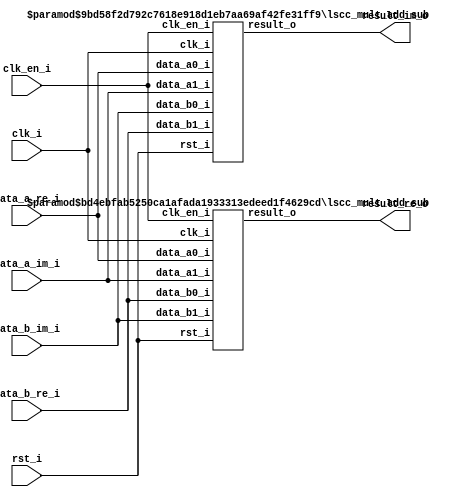
// =============================================================================
// >>>>>>>>>>>>>>>>>>>>>>>>> COPYRIGHT NOTICE <<<<<<<<<<<<<<<<<<<<<<<<<<<<<<<<<<
// -----------------------------------------------------------------------------
//   Copyright (c) 2017 by Lattice Semiconductor Corporation
//   ALL RIGHTS RESERVED 
// -----------------------------------------------------------------------------
//
//   Permission:
//
//      Lattice SG Pte. Ltd. grants permission to use this code
//      pursuant to the terms of the Lattice Reference Design License Agreement. 
//
//
//   Disclaimer:
//
//      This VHDL or Verilog source code is intended as a design reference
//      which illustrates how these types of functions can be implemented.
//      It is the user's responsibility to verify their design for
//      consistency and functionality through the use of formal
//      verification methods.  Lattice provides no warranty
//      regarding the use or functionality of this code.
//
// -----------------------------------------------------------------------------
//
//                  Lattice SG Pte. Ltd.
//                  101 Thomson Road, United Square #07-02 
//                  Singapore 307591
//
//
//                  TEL: 1-800-Lattice (USA and Canada)
//                       +65-6631-2000 (Singapore)
//                       +1-503-268-8001 (other locations)
//
//                  web: http://www.latticesemi.com/
//
// -----------------------------------------------------------------------------
//
// =============================================================================
//                         FILE DETAILS         
// Project               : 
// Title                 : 
// Dependencies          : lscc_mult_add_sub.v
// Description           : A two-input multiplier that performs signed/unsigned
//                       : multiplication of complex numbers, input through
//                       : DataA and DataB ports. The output result_i carries the
//                       : Product of the multiplication operation.
// =============================================================================
//                        REVISION HISTORY
// Version               : 1.1.0.
// Author(s)             : 
// Mod. Date             : 
// Changes Made          : Updated pipeline value range: implementation-dependent
// =============================================================================

`ifndef LSCC_COMPLEX_MULT
`define LSCC_COMPLEX_MULT

module lscc_complex_mult #
// -----------------------------------------------------------------------------
// Module Parameters
// -----------------------------------------------------------------------------
(
parameter integer            A_WIDTH   = 8,
parameter integer            B_WIDTH   = 8,
parameter                    SIGNED    = "on",
parameter                    USE_IREG  = "on",
parameter                    USE_OREG  = "on",
parameter integer            PIPELINES = 1,
parameter                    IMPL      = "LUT",
parameter                    FAMILY    = "LIFCL"
)
// -----------------------------------------------------------------------------
// Input/Output Ports
// -----------------------------------------------------------------------------
(
input                        clk_i,
input                        clk_en_i,
input                        rst_i,
input  [A_WIDTH-1:0]         data_a_re_i,
input  [A_WIDTH-1:0]         data_a_im_i,
input  [B_WIDTH-1:0]         data_b_re_i,
input  [B_WIDTH-1:0]         data_b_im_i,

output [(A_WIDTH+B_WIDTH):0] result_re_o,
output [(A_WIDTH+B_WIDTH):0] result_im_o
);

// -----------------------------------------------------------------------------
// Submodule Instantiations
// -----------------------------------------------------------------------------

// ------------
// Real Number
// ------------
lscc_mult_add_sub # (
  .ADD_SUB                   ("sub"),
  .A_WIDTH                   (A_WIDTH),
  .B_WIDTH                   (B_WIDTH),
  .A_SIGNED                  (SIGNED),
  .B_SIGNED                  (SIGNED),
  .USE_IREG                  (USE_IREG),
  .USE_OREG                  (USE_OREG),
  .PIPELINES                 (PIPELINES),
  .IMPL                      (IMPL)
)
u_lscc_mult_add_sub_re (
  .clk_i                     (clk_i),
  .clk_en_i                  (clk_en_i),
  .rst_i                     (rst_i),
  .data_a0_i                 (data_a_re_i),
  .data_a1_i                 (data_a_im_i),
  .data_b0_i                 (data_b_re_i),
  .data_b1_i                 (data_b_im_i),
  .result_o                  (result_re_o)
);

// -----------------
// Imaginary Number
// -----------------
lscc_mult_add_sub # (
  .ADD_SUB                   ("add"),
  .A_WIDTH                   (A_WIDTH),
  .B_WIDTH                   (B_WIDTH),
  .A_SIGNED                  (SIGNED),
  .B_SIGNED                  (SIGNED),
  .USE_IREG                  (USE_IREG),
  .USE_OREG                  (USE_OREG),
  .PIPELINES                 (PIPELINES),
  .IMPL                      (IMPL)
)
u_lscc_mult_add_sub_im (
  .clk_i                     (clk_i),
  .clk_en_i                  (clk_en_i),
  .rst_i                     (rst_i),
  .data_a0_i                 (data_a_re_i),
  .data_a1_i                 (data_a_im_i),
  .data_b0_i                 (data_b_im_i),
  .data_b1_i                 (data_b_re_i),
  .result_o                  (result_im_o)
);

endmodule
//=============================================================================
// lscc_complex_mult.v
//=============================================================================
`endif 

// =============================================================================
// >>>>>>>>>>>>>>>>>>>>>>>>> COPYRIGHT NOTICE <<<<<<<<<<<<<<<<<<<<<<<<<<<<<<<<<<
// -----------------------------------------------------------------------------
//   Copyright (c) 2017 by Lattice Semiconductor Corporation
//   ALL RIGHTS RESERVED 
// -----------------------------------------------------------------------------
//
//   Permission:
//
//      Lattice SG Pte. Ltd. grants permission to use this code
//      pursuant to the terms of the Lattice Reference Design License Agreement. 
//
//
//   Disclaimer:
//
//      This VHDL or Verilog source code is intended as a design reference
//      which illustrates how these types of functions can be implemented.
//      It is the user's responsibility to verify their design for
//      consistency and functionality through the use of formal
//      verification methods.  Lattice provides no warranty
//      regarding the use or functionality of this code.
//
// -----------------------------------------------------------------------------
//
//                  Lattice SG Pte. Ltd.
//                  101 Thomson Road, United Square #07-02 
//                  Singapore 307591
//
//
//                  TEL: 1-800-Lattice (USA and Canada)
//                       +65-6631-2000 (Singapore)
//                       +1-503-268-8001 (other locations)
//
//                  web: http://www.latticesemi.com/
//
// -----------------------------------------------------------------------------
//
// =============================================================================
//                         FILE DETAILS         
// Project               : 
// Title                 : 
// Dependencies          : lscc_multiplier.v
// Description           : A pair of two-input multipliers that performs
//                       : signed/unsigned multiplication of the data from
//                       : inputs DataA and DataB with addition/subtraction on
//                       : the product pair. The output result_o carries the
//                       : Sum/Difference of Products.
// =============================================================================
//                        REVISION HISTORY
// Version               : 1.0.0.
// Author(s)             : 
// Mod. Date             : 
// Changes Made          : Initial release.
// =============================================================================

`ifndef LSCC_MULT_ADD_SUB
`define LSCC_MULT_ADD_SUB
module lscc_mult_add_sub #
// -----------------------------------------------------------------------------
// Module Parameters
// -----------------------------------------------------------------------------
(
parameter                    ADD_SUB   = "add",
parameter integer            A_WIDTH   = 9,
parameter integer            B_WIDTH   = 9,
parameter                    A_SIGNED  = "on",
parameter                    B_SIGNED  = "on",
parameter                    USE_IREG  = "on",
parameter                    USE_OREG  = "on",
parameter integer            PIPELINES = 1,
parameter                    IMPL      = "LUT"
)
// -----------------------------------------------------------------------------
// Input/Output Ports
// -----------------------------------------------------------------------------
(
                             clk_i,
                             clk_en_i,
                             rst_i,
                             data_a0_i,
                             data_a1_i,
                             data_b0_i,
                             data_b1_i,
                             result_o
);

// -----------------------------------------------------------------------------
// Local Parameters
// -----------------------------------------------------------------------------
localparam                   ADD      = (ADD_SUB == "add");
localparam integer           M_WDT    = (A_WIDTH + B_WIDTH);
localparam integer           O_WDT    = (M_WDT + 1);
localparam                   A_SIGN   = (A_SIGNED == "on") ? 1'b1 : 1'b0;
localparam                   B_SIGN   = (B_SIGNED == "on") ? 1'b1 : 1'b0;
localparam                   M_SIGN   = (A_SIGN | B_SIGN);
localparam [O_WDT-1:0]       O_VAL_0  = {O_WDT{1'b0}};

// -----------------------------------------------------------------------------
// Input/Output Declarations
// -----------------------------------------------------------------------------
input                        clk_i;
input                        clk_en_i;
input                        rst_i;
input [A_WIDTH-1:0]          data_a0_i;
input [A_WIDTH-1:0]          data_a1_i;
input [B_WIDTH-1:0]          data_b0_i;
input [B_WIDTH-1:0]          data_b1_i;
output reg [O_WDT-1:0]       result_o;

// -----------------------------------------------------------------------------
// Wire Declarations
// -----------------------------------------------------------------------------
wire [M_WDT-1:0]             AxB0;
wire [M_WDT-1:0]             AxB1;
wire                         AxB0_neg = (M_SIGN & AxB0[M_WDT-1]);
wire                         AxB1_neg = (M_SIGN & AxB1[M_WDT-1]);
wire [O_WDT-1:0]             AxB0_se  = {AxB0_neg, AxB0};
wire [O_WDT-1:0]             AxB1_se  = {AxB1_neg, AxB1};
wire [O_WDT-1:0]             result_w = ADD ? {AxB0_se + AxB1_se} :
                                              {AxB0_se - AxB1_se} ;

// -----------------------------------------------------------------------------
// Generate Combinatorial/Sequential Blocks
// -----------------------------------------------------------------------------
generate
  if (USE_OREG == "on") begin : U_O_REG_ON
    // ------------------
    // Sequential Output
    // ------------------
    always @ (posedge clk_i or posedge rst_i) begin
      if (rst_i ) begin
        result_o <= O_VAL_0;
      end
      else if (clk_en_i) begin
        result_o <= result_w;
      end
    end
  end
  else begin : U_O_REG_OFF
    // ---------------------
    // Combinatorial Output
    // ---------------------
    always @* begin
      result_o = result_w;
    end
  end
endgenerate

// -----------------------------------------------------------------------------
// Submodule Instantiations
// -----------------------------------------------------------------------------
lscc_multiplier # (
  .USE_COEFF                 (0),
  .A_WIDTH                   (A_WIDTH),
  .B_WIDTH                   (B_WIDTH),
  .A_SIGNED                  (A_SIGNED),
  .B_SIGNED                  (B_SIGNED),
  .USE_IREG                  (USE_IREG),
  .USE_OREG                  ("off"),
  .PIPELINES                 (PIPELINES),
  .IMPL                      (IMPL)
)
u_lscc_multiplier[1:0] (
  .clk_i                     (clk_i),
  .clk_en_i                  (clk_en_i),
  .rst_i                     (rst_i),
  .data_a_i                  ({data_a1_i,
                               data_a0_i}),
  .data_b_i                  ({data_b1_i,
                               data_b0_i}),
  .result_o                  ({AxB1,
                               AxB0}) 
);

endmodule
//=============================================================================
// lscc_mult_add_sub.v
//=============================================================================
`endif

// =============================================================================
// >>>>>>>>>>>>>>>>>>>>>>>>> COPYRIGHT NOTICE <<<<<<<<<<<<<<<<<<<<<<<<<<<<<<<<<<
// -----------------------------------------------------------------------------
//   Copyright (c) 2017 by Lattice Semiconductor Corporation
//   ALL RIGHTS RESERVED
// -----------------------------------------------------------------------------
//
//   Permission:
//
//      Lattice SG Pte. Ltd. grants permission to use this code
//      pursuant to the terms of the Lattice Reference Design License Agreement.
//
//
//   Disclaimer:
//
//      This VHDL or Verilog source code is intended as a design reference
//      which illustrates how these types of functions can be implemented.
//      It is the user's responsibility to verify their design for
//      consistency and functionality through the use of formal
//      verification methods.  Lattice provides no warranty
//      regarding the use or functionality of this code.
//
// -----------------------------------------------------------------------------
//
//                  Lattice SG Pte. Ltd.
//                  101 Thomson Road, United Square #07-02
//                  Singapore 307591
//
//
//                  TEL: 1-800-Lattice (USA and Canada)
//                       +65-6631-2000 (Singapore)
//                       +1-503-268-8001 (other locations)
//
//                  web: http://www.latticesemi.com/
//
// -----------------------------------------------------------------------------
//
// =============================================================================
//                         FILE DETAILS
// Project               :
// Title                 :
// Dependencies          :
// Description           : A two-input multiplier that performs signed/unsigned
//                       : multiplication of the data from inputs data_a_i and
//                       : data_b_i with an optional constant multiplier. The
//                       : output result_o carries the Product of the
//                       : multiplication operation.
// =============================================================================
//                        REVISION HISTORY
// Version               : 1.0.0.
// Author(s)             :
// Mod. Date             :
// Changes Made          : Initial release.
// =============================================================================

`ifndef LSCC_MULTIPLIER
`define LSCC_MULTIPLIER
module lscc_multiplier #
// -----------------------------------------------------------------------------
// Module Parameters
// -----------------------------------------------------------------------------
(
parameter                    USE_COEFF = 0,
parameter [31:0]             COEFF     = 32'd2,
parameter integer            A_WIDTH   = 9,
parameter integer            B_WIDTH   = 9,
parameter                    A_SIGNED  = "on",
parameter                    B_SIGNED  = "on",
parameter                    USE_IREG  = "on",
parameter                    USE_OREG  = "on",
parameter integer            PIPELINES = 1,
parameter                    IMPL      = "LUT"
)
// -----------------------------------------------------------------------------
// Input/Output Ports
// -----------------------------------------------------------------------------
(
                             clk_i,
                             clk_en_i,
                             rst_i,
                             data_a_i,
                             data_b_i,
                             result_o
);

// -----------------------------------------------------------------------------
// Local Parameters
// -----------------------------------------------------------------------------
localparam                   C_SIGN         = COEFF[31];
localparam                   COEFF_EN       = (USE_COEFF == 0) ? 1'b0 : 1'b1;
localparam [31:0]            COEFF_ABS      = {(COEFF ^ {32{C_SIGN}}) + C_SIGN};
localparam integer           C_WDT          = clog2(COEFF_ABS);
localparam integer           X_WDT          = COEFF_EN ? C_WDT : B_WIDTH;
localparam integer           M_WDT          = (A_WIDTH + X_WDT);

// -----------------------------------------------------------------------------
// Input/Output Declarations
// -----------------------------------------------------------------------------
input                        clk_i;
input                        clk_en_i;
input                        rst_i;
input [A_WIDTH-1:0]          data_a_i;
input [B_WIDTH-1:0]          data_b_i;
output wire [M_WDT-1:0]      result_o;

// -----------------------------------------------------------------------------
// Generate Module Instantiations
// -----------------------------------------------------------------------------
generate
  if (IMPL == "LUT") begin
    lscc_multiplier_lut #(
      .USE_COEFF             (USE_COEFF),
      .COEFF                 (COEFF),
      .A_WIDTH               (A_WIDTH),
      .B_WIDTH               (B_WIDTH),
      .A_SIGNED              (A_SIGNED),
      .B_SIGNED              (B_SIGNED),
      .USE_IREG              (USE_IREG),
      .USE_OREG              (USE_OREG),
      .PIPELINES             (PIPELINES)
    )
    u_lscc_multiplier_lut (
      .clk_i                 (clk_i),
      .clk_en_i              (clk_en_i),
      .rst_i                 (rst_i),
      .data_a_i              (data_a_i[A_WIDTH-1:0]),
      .data_b_i              (data_b_i[B_WIDTH-1:0]),
      .result_o              (result_o[M_WDT-1:0])
    );
  end
  else begin
    lscc_multiplier_dsp #(
      .USE_COEFF             (USE_COEFF),
      .COEFF                 (COEFF),
      .A_WIDTH               (A_WIDTH),
      .B_WIDTH               (B_WIDTH),
      .A_SIGNED              (A_SIGNED),
      .B_SIGNED              (B_SIGNED),
      .USE_IREG              (USE_IREG),
      .USE_OREG              (USE_OREG),
      .PIPELINES             (PIPELINES)
    )
    u_lscc_multiplier_dsp (
      .clk_i                 (clk_i),
      .clk_en_i              (clk_en_i),
      .rst_i                 (rst_i),
      .data_a_i              (data_a_i[A_WIDTH-1:0]),
      .data_b_i              (data_b_i[B_WIDTH-1:0]),
      .result_o              (result_o[M_WDT-1:0])
    );
  end
endgenerate

// -----------------------------------------------------------------------------
// Function Definition
// -----------------------------------------------------------------------------
function integer clog2;
  input integer value;
  integer       val;
  begin
    val = (value < 1) ? 1 : value;
    for (clog2 = 0 ; val > 0 ; clog2 = clog2 + 1)
      val = (val >> 1);
  end
endfunction

endmodule

// =============================================================================
// Submodule             : lscc_multiplier_lut.v
// =============================================================================
module lscc_multiplier_lut #
// -----------------------------------------------------------------------------
// Module Parameters
// -----------------------------------------------------------------------------
(
parameter                    USE_COEFF = 0,
parameter [31:0]             COEFF     = 32'd2,
parameter integer            A_WIDTH   = 9,
parameter integer            B_WIDTH   = 9,
parameter                    A_SIGNED  = "on",
parameter                    B_SIGNED  = "on",
parameter                    USE_IREG  = "on",
parameter                    USE_OREG  = "on",
parameter integer            PIPELINES = 1
)
// -----------------------------------------------------------------------------
// Input/Output Ports
// -----------------------------------------------------------------------------
(
                             clk_i,
                             clk_en_i,
                             rst_i,
                             data_a_i,
                             data_b_i,
                             result_o
);

// -----------------------------------------------------------------------------
// Local Parameters
// -----------------------------------------------------------------------------
localparam                   A_SIGN         = (A_SIGNED == "on") ? 1'b1 : 1'b0;
localparam                   B_SIGN         = (B_SIGNED == "on") ? 1'b1 : 1'b0;
localparam                   C_SIGN         = COEFF[31];
localparam                   COEFF_EN       = (USE_COEFF == 0) ? 1'b0 : 1'b1;
localparam [31:0]            COEFF_ABS      = {(COEFF ^ {32{C_SIGN}}) + C_SIGN};
localparam integer           C_WDT          = clog2(COEFF_ABS);
localparam integer           X_WDT          = COEFF_EN ? C_WDT : B_WIDTH ;
localparam integer           M_WDT          = (A_WIDTH + X_WDT);
localparam                   A_WDT_GT_X_WDT = (COEFF_EN | (A_WIDTH > B_WIDTH));
localparam integer           MAX_WDT        = A_WDT_GT_X_WDT ? A_WIDTH : B_WIDTH ;
localparam integer           PIPES          = (PIPELINES > MAX_WDT) ? MAX_WDT : PIPELINES;
localparam integer           SFT_WDT        = (PIPES > 1) ? (MAX_WDT/PIPES) : MAX_WDT;
localparam [C_WDT-1:0]       C_VAL          = COEFF        ;
localparam [A_WIDTH-1:0]     A_VAL_0        = {A_WIDTH{1'b0}};
localparam [B_WIDTH-1:0]     B_VAL_0        = {B_WIDTH{1'b0}};
localparam [M_WDT-1:0]       M_VAL_0        = {M_WDT{1'b0}};

// -----------------------------------------------------------------------------
// Input/Output Declarations
// -----------------------------------------------------------------------------
input                        clk_i;
input                        clk_en_i;
input                        rst_i;
input [A_WIDTH-1:0]          data_a_i;
input [B_WIDTH-1:0]          data_b_i;
output reg [M_WDT-1:0]       result_o;

// -----------------------------------------------------------------------------
// Combinatorial/Sequential Registers
// -----------------------------------------------------------------------------
reg [A_WIDTH-1:0]            A_reg;
reg [B_WIDTH-1:0]            B_reg;

// -----------------------------------------------------------------------------
// Wire Declarations
// -----------------------------------------------------------------------------
wire [M_WDT-1:0]             AxB_i /*synthesis syn_multstyle="logic"*/;

wire                         A_neg = (A_SIGN & A_reg[A_WIDTH-1]);
wire                         B_neg = (B_SIGN & B_reg[B_WIDTH-1]);
wire signed [A_WIDTH:0]      A_se  = {A_neg , A_reg};
wire signed [B_WIDTH:0]      B_se  = {B_neg , B_reg};
wire signed [C_WDT:0]        C_se  = {C_SIGN, C_VAL};
wire signed [X_WDT:0]        X_se  = USE_COEFF ? C_se : B_se ;

// -----------------------------------------------------------------------------
// Generate Combinatorial/Sequential Blocks
// -----------------------------------------------------------------------------
generate
  if (USE_IREG == "on") begin : U_I_REG_ON
    // -----------------
    // Sequential Input
    // -----------------
    always @ (posedge clk_i or posedge rst_i) begin
      if (rst_i) begin
        A_reg <= A_VAL_0;
        B_reg <= B_VAL_0;
      end
      else if (clk_en_i) begin
        A_reg <= data_a_i;
        B_reg <= data_b_i;
      end
    end
  end  // U_I_REG_ON
  else begin : U_I_REG_OFF
    // --------------------
    // Combinatorial Input
    // --------------------
    always @* begin
      A_reg = data_a_i;
      B_reg = data_b_i;
    end
  end  // U_I_REG_OFF
endgenerate

generate
  if (PIPES > 0) begin : U_PIPELINES_GT_0
    // -------------------------------------------------------------------------
    // PIPELINED
    // Multiplication here happens as given below.
    // Reset: All pipes initialized to All 0's
    // Stage 0: Multiply raw inputs with Shift Width on one of them
    // Others : Multiply piped inputs with Shift Width on one of them and
    // accumulate with the value from the previous pipe
    // -------------------------------------------------------------------------
    reg signed [A_WIDTH:0]   cA_pipe [PIPES-1:0];
    reg signed [A_WIDTH:0]   sA_pipe [PIPES-1:0];
    reg signed [A_WIDTH:0]   A_pipe  [PIPES-1:0] /*synthesis syn_ramstyle="registers"*/;
    reg signed [X_WDT:0]     cX_pipe [PIPES-1:0];
    reg signed [X_WDT:0]     sX_pipe [PIPES-1:0];
    reg signed [X_WDT:0]     X_pipe  [PIPES-1:0] /*synthesis syn_ramstyle="registers"*/;

    reg signed [M_WDT-1:0]   pp_pipe  [PIPES-1:0] /*synthesis syn_multstyle="logic"*/;
    reg signed [M_WDT-1:0]   spp_pipe [PIPES-1:0];
    reg signed [M_WDT-1:0]   AxB_pipe [PIPES-1:0];

    always @* begin
      A_pipe[0] = A_se;
      X_pipe[0] = X_se;
    end

    integer i;
    always @* begin
      for (i = 0 ; i < (PIPES-1) ; i = i + 1) begin
        if (A_WDT_GT_X_WDT) begin
          sA_pipe[i]              = {A_WIDTH+1{1'b0}};
          sA_pipe[i][SFT_WDT-1:0] =  A_pipe[i][SFT_WDT-1:0];
          sX_pipe[i]              =  X_pipe[i];
          cX_pipe[i]              =  X_pipe[i];
          cA_pipe[i]              = (A_pipe[i] >>> SFT_WDT);
        end
        else begin
          sX_pipe[i]              = {X_WDT+1{1'b0}};
          sX_pipe[i][SFT_WDT-1:0] =  X_pipe[i][SFT_WDT-1:0];
          sA_pipe[i]              =  A_pipe[i];
          cA_pipe[i]              =  A_pipe[i];
          cX_pipe[i]              = (X_pipe[i] >>> SFT_WDT);
        end
      end
      sA_pipe[PIPES-1] =  A_pipe[PIPES-1];
      sX_pipe[PIPES-1] =  X_pipe[PIPES-1];
    end

    integer j;
    always @* begin
      for (j = 0 ; j < PIPES ; j = j + 1) begin
        pp_pipe[j]  = (sA_pipe[j] * sX_pipe[j]);
        spp_pipe[j] = (pp_pipe[j] << (j*SFT_WDT));
      end
    end

    integer k;
    always @ (posedge clk_i or posedge rst_i) begin
      if (rst_i) begin
        for (k = 1 ; k < PIPES ; k = k + 1) begin
          A_pipe[k]   <= {A_WIDTH+1{1'b0}};
          X_pipe[k]   <= {X_WDT+1{1'b0}};
          AxB_pipe[k] <= M_VAL_0;
        end
        AxB_pipe[0] <= M_VAL_0;
      end
      else if (clk_en_i) begin
        for (k = 1 ; k < PIPES ; k = k + 1) begin
          A_pipe[k]   <= cA_pipe[k-1];
          X_pipe[k]   <= cX_pipe[k-1];
          AxB_pipe[k] <= {AxB_pipe[k-1] + spp_pipe[k]};
        end
        AxB_pipe[0] <= spp_pipe[0];
      end
    end

    assign AxB_i = AxB_pipe[PIPES-1];

  end  // U_PIPELINES_GT_0
  else begin : U_PIPELINES_EQ_0
    // --------------
    // Combinatorial
    // --------------
    assign AxB_i = (A_se * X_se);
  end  // U_PIPELINES_EQ_0
endgenerate

generate
  if (USE_OREG == "on") begin : U_O_REG_ON
    // ------------------
    // Sequential Output
    // ------------------
    always @ (posedge clk_i or posedge rst_i) begin
      if (rst_i) begin
        result_o <= M_VAL_0;
      end
      else if (clk_en_i) begin
        result_o <= AxB_i;
      end
    end
  end  // U_O_REG_ON
  else begin : U_O_REG_OFF
    // ---------------------
    // Combinatorial Output
    // ---------------------
    always @* begin
      result_o = AxB_i;
    end
  end  // U_O_REG_OFF
endgenerate

// -----------------------------------------------------------------------------
// Function Definition
// -----------------------------------------------------------------------------
function integer clog2;
  input integer value;
  integer       val;
  begin
    val = (value < 1) ? 1 : value;
    for (clog2 = 0 ; val > 0 ; clog2 = clog2 + 1)
      val = (val >> 1);
  end
endfunction

endmodule

// =============================================================================
// Submodule             : lscc_multiplier_dsp.v
// =============================================================================
module lscc_multiplier_dsp #
// -----------------------------------------------------------------------------
// Module Parameters
// -----------------------------------------------------------------------------
(
parameter                    USE_COEFF = 1'b0,
parameter [31:0]             COEFF     = 32'd2,
parameter integer            A_WIDTH   = 9,
parameter integer            B_WIDTH   = 9,
parameter                    A_SIGNED  = "on",
parameter                    B_SIGNED  = "on",
parameter                    USE_IREG  = "on",
parameter                    USE_OREG  = "on",
parameter integer            PIPELINES = 1
)
// -----------------------------------------------------------------------------
// Input/Output Ports
// -----------------------------------------------------------------------------
(
                             clk_i,
                             clk_en_i,
                             rst_i,
                             data_a_i,
                             data_b_i,
                             result_o
);

// -----------------------------------------------------------------------------
// Local Parameters
// -----------------------------------------------------------------------------
localparam                   A_SIGN         = (A_SIGNED == "on") ? 1'b1 : 1'b0;
localparam                   B_SIGN         = (B_SIGNED == "on") ? 1'b1 : 1'b0;
localparam                   C_SIGN         = COEFF[31];
localparam                   COEFF_EN       = (USE_COEFF == 0) ? 1'b0 : 1'b1;
localparam [31:0]            COEFF_ABS      = {(COEFF ^ {32{C_SIGN}}) + C_SIGN};
localparam integer           C_WDT          = clog2(COEFF_ABS);
localparam integer           X_WDT          = COEFF_EN ? C_WDT : B_WIDTH ;
localparam integer           M_WDT          = (A_WIDTH + X_WDT);
localparam                   A_WDT_GT_X_WDT = (COEFF_EN | (A_WIDTH > B_WIDTH));
localparam integer           MAX_WDT        = A_WDT_GT_X_WDT ? A_WIDTH : B_WIDTH ;
localparam integer           PIPES          = (PIPELINES > MAX_WDT) ? MAX_WDT : PIPELINES;
localparam integer           SFT_WDT        = (PIPES > 1) ? (MAX_WDT/PIPES) : MAX_WDT;
localparam [C_WDT-1:0]       C_VAL          = COEFF        ;
localparam [A_WIDTH-1:0]     A_VAL_0        = {A_WIDTH{1'b0}};
localparam [B_WIDTH-1:0]     B_VAL_0        = {B_WIDTH{1'b0}};
localparam [M_WDT-1:0]       M_VAL_0        = {M_WDT{1'b0}};

// -----------------------------------------------------------------------------
// Input/Output Declarations
// -----------------------------------------------------------------------------
input                        clk_i;
input                        clk_en_i;
input                        rst_i;
input [A_WIDTH-1:0]          data_a_i;
input [B_WIDTH-1:0]          data_b_i;
output reg [M_WDT-1:0]       result_o;

// -----------------------------------------------------------------------------
// Combinatorial/Sequential Registers
// -----------------------------------------------------------------------------
reg [A_WIDTH-1:0]            A_reg;
reg [B_WIDTH-1:0]            B_reg;

// -----------------------------------------------------------------------------
// Wire Declarations
// -----------------------------------------------------------------------------
wire [M_WDT-1:0]             AxB_i /*synthesis syn_multstyle="DSP"*/;

wire                         A_neg = (A_SIGN & A_reg[A_WIDTH-1]);
wire                         B_neg = (B_SIGN & B_reg[B_WIDTH-1]);
wire signed [A_WIDTH:0]      A_se  = {A_neg , A_reg};
wire signed [B_WIDTH:0]      B_se  = {B_neg , B_reg};
wire signed [C_WDT:0]        C_se  = {C_SIGN, C_VAL};
wire signed [X_WDT:0]        X_se  = USE_COEFF ? C_se : B_se ;

// -----------------------------------------------------------------------------
// Generate Combinatorial/Sequential Blocks
// -----------------------------------------------------------------------------
generate
  if (USE_IREG == "on") begin : U_I_REG_ON
    // -----------------
    // Sequential Input
    // -----------------
    always @ (posedge clk_i or posedge rst_i) begin
      if (rst_i) begin
        A_reg <= A_VAL_0;
        B_reg <= B_VAL_0;
      end
      else if (clk_en_i) begin
        A_reg <= data_a_i;
        B_reg <= data_b_i;
      end
    end
  end  // U_I_REG_ON
  else begin : U_I_REG_OFF
    // --------------------
    // Combinatorial Input
    // --------------------
    always @* begin
      A_reg = data_a_i;
      B_reg = data_b_i;
    end
  end  // U_I_REG_OFF
endgenerate

generate
  if (PIPES > 0) begin : U_PIPELINES_GT_0
    // -------------------------------------------------------------------------
    // PIPELINED
    // Multiplication here happens as given below.
    // Reset: All pipes initialized to All 0's
    // Stage 0: Multiply raw inputs with Shift Width on one of them
    // Others : Multiply piped inputs with Shift Width on one of them and
    // accumulate with the value from the previous pipe
    // -------------------------------------------------------------------------
    reg signed [A_WIDTH:0]   cA_pipe [PIPES-1:0];
    reg signed [A_WIDTH:0]   sA_pipe [PIPES-1:0];
    reg signed [A_WIDTH:0]   A_pipe  [PIPES-1:0] /*synthesis syn_ramstyle="registers"*/;
    reg signed [X_WDT:0]     cX_pipe [PIPES-1:0];
    reg signed [X_WDT:0]     sX_pipe [PIPES-1:0];
    reg signed [X_WDT:0]     X_pipe  [PIPES-1:0] /*synthesis syn_ramstyle="registers"*/;

    reg signed [M_WDT-1:0]   pp_pipe  [PIPES-1:0] /*synthesis syn_multstyle="DSP"*/;
    reg signed [M_WDT-1:0]   spp_pipe [PIPES-1:0];
    reg signed [M_WDT-1:0]   AxB_pipe [PIPES-1:0];

    always @* begin
      A_pipe[0] = A_se;
      X_pipe[0] = X_se;
    end

    integer i;
    always @* begin
      for (i = 0 ; i < (PIPES-1) ; i = i + 1) begin
        if (A_WDT_GT_X_WDT) begin
          sA_pipe[i]              = {A_WIDTH+1{1'b0}};
          sA_pipe[i][SFT_WDT-1:0] =  A_pipe[i][SFT_WDT-1:0];
          sX_pipe[i]              =  X_pipe[i];
          cX_pipe[i]              =  X_pipe[i];
          cA_pipe[i]              = (A_pipe[i] >>> SFT_WDT);
        end
        else begin
          sX_pipe[i]              = {X_WDT+1{1'b0}};
          sX_pipe[i][SFT_WDT-1:0] =  X_pipe[i][SFT_WDT-1:0];
          sA_pipe[i]              =  A_pipe[i];
          cA_pipe[i]              =  A_pipe[i];
          cX_pipe[i]              = (X_pipe[i] >>> SFT_WDT);
        end
      end
      sA_pipe[PIPES-1] =  A_pipe[PIPES-1];
      sX_pipe[PIPES-1] =  X_pipe[PIPES-1];
    end

    integer j;
    always @* begin
      for (j = 0 ; j < PIPES ; j = j + 1) begin
        pp_pipe[j]  = (sA_pipe[j] * sX_pipe[j]);
        spp_pipe[j] = (pp_pipe[j] << (j*SFT_WDT));
      end
    end

    integer k;
    always @ (posedge clk_i or posedge rst_i) begin
      if (rst_i) begin
        for (k = 1 ; k < PIPES ; k = k + 1) begin
          A_pipe[k]   <= {A_WIDTH+1{1'b0}};
          X_pipe[k]   <= {X_WDT+1{1'b0}};
          AxB_pipe[k] <= M_VAL_0;
        end
        AxB_pipe[0] <= M_VAL_0;
      end
      else if (clk_en_i) begin
        for (k = 1 ; k < PIPES ; k = k + 1) begin
          A_pipe[k]   <= cA_pipe[k-1];
          X_pipe[k]   <= cX_pipe[k-1];
          AxB_pipe[k] <= {AxB_pipe[k-1] + spp_pipe[k]};
        end
        AxB_pipe[0] <= spp_pipe[0];
      end
    end

    assign AxB_i = AxB_pipe[PIPES-1];

  end  // U_PIPELINES_GT_0
  else begin : U_PIPELINES_EQ_0
    // --------------
    // Combinatorial
    // --------------
    assign AxB_i = (A_se * X_se);
  end  // U_PIPELINES_EQ_0
endgenerate

generate
  if (USE_OREG == "on") begin : U_O_REG_ON
    // ------------------
    // Sequential Output
    // ------------------
    always @ (posedge clk_i or posedge rst_i) begin
      if (rst_i) begin
        result_o <= M_VAL_0;
      end
      else if (clk_en_i) begin
        result_o <= AxB_i;
      end
    end
  end  // U_O_REG_ON
  else begin : U_O_REG_OFF
    // ---------------------
    // Combinatorial Output
    // ---------------------
    always @* begin
      result_o = AxB_i;
    end
  end  // U_O_REG_OFF
endgenerate

// -----------------------------------------------------------------------------
// Function Definition
// -----------------------------------------------------------------------------
function integer clog2;
  input integer value;
  integer       val;
  begin
    val = (value < 1) ? 1 : value;
    for (clog2 = 0 ; val > 0 ; clog2 = clog2 + 1)
      val = (val >> 1);
  end
endfunction

endmodule
// =============================================================================
// lscc_multiplier.v
// =============================================================================
`endif